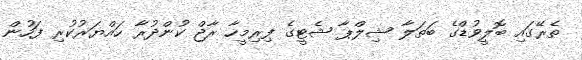
ތެރޭގައި ބޮލީވުޑްގެ ބަތަލާ ޝިލްޕާ ޝެޓީގެ ފިރިމީހާ ރާޖް ކުންދުރާ ހައްޔަރުކުރި ފަހުން